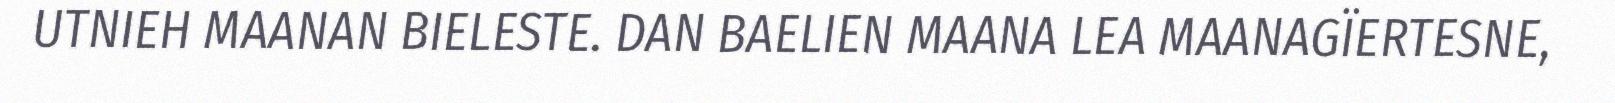
UTNIEH MAANAN BIELESTE. DAN BAELIEN MAANA LEA MAANAGÏERTESNE,